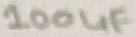
Text: 100uF